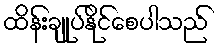
ထိန်းချုပ်နိုင်စေပါသည်